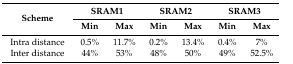
<table><thead><tr><td rowspan="2"><b>Scheme</b></td><td colspan="2"><b>SRAM1</b></td><td colspan="2"><b>SRAM2</b></td><td colspan="2"><b>SRAM3</b></td></tr><tr><td><b>Min</b></td><td><b>Max</b></td><td><b>Min</b></td><td><b>Max</b></td><td><b>Min</b></td><td><b>Max</b></td></tr></thead><tbody><tr><td>Intra distance</td><td>0.5%</td><td>11.7%</td><td>0.2%</td><td>13.4%</td><td>0.4%</td><td>7%</td></tr><tr><td>Inter distance</td><td>44%</td><td>53%</td><td>48%</td><td>50%</td><td>49%</td><td>52.5%</td></tr></tbody></table>